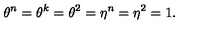
\theta ^ { n } = \theta ^ { k } = \theta ^ { 2 } = \eta ^ { n } = \eta ^ { 2 } = 1 .